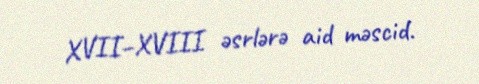
XVII–XVIII əsrlərə aid məscid.